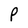
Character: P